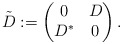
\begin{align*}\tilde{D}:=\begin{pmatrix} 0& D\\ D^*& 0\end{pmatrix}.\end{align*}